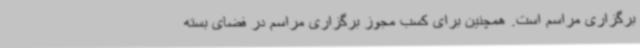
برگزاری مراسم است. همچنین برای کسب مجوز برگزاری مراسم در فضای بسته